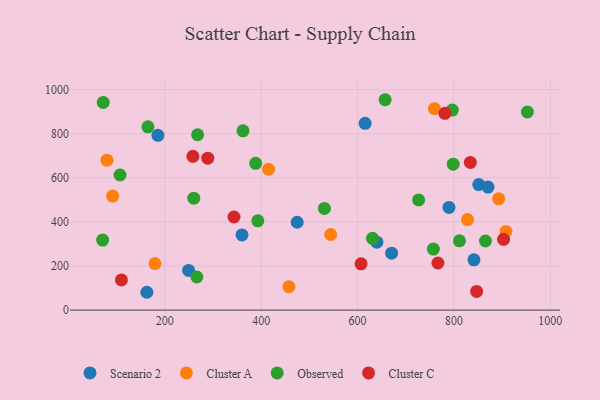
{"axis": {"x": "Engine Size", "y": "Rating"}, "legend": ["Cluster A", "Cluster C", "Observed", "Scenario 2"], "data": [{"x": "851.5", "y": 569.3, "type": "Scenario 2"}, {"x": "615.6", "y": 847.1, "type": "Scenario 2"}, {"x": "360.1", "y": 341.0, "type": "Scenario 2"}, {"x": "162.7", "y": 80.8, "type": "Scenario 2"}, {"x": "249.3", "y": 179.9, "type": "Scenario 2"}, {"x": "185.6", "y": 792.6, "type": "Scenario 2"}, {"x": "841.4", "y": 227.9, "type": "Scenario 2"}, {"x": "640.0", "y": 307.8, "type": "Scenario 2"}, {"x": "474.6", "y": 398.4, "type": "Scenario 2"}, {"x": "870.7", "y": 557.7, "type": "Scenario 2"}, {"x": "670.6", "y": 257.9, "type": "Scenario 2"}, {"x": "789.6", "y": 465.5, "type": "Scenario 2"}, {"x": "544.1", "y": 342.7, "type": "Cluster A"}, {"x": "907.9", "y": 356.8, "type": "Cluster A"}, {"x": "759.4", "y": 913.3, "type": "Cluster A"}, {"x": "892.8", "y": 504.5, "type": "Cluster A"}, {"x": "828.1", "y": 410.6, "type": "Cluster A"}, {"x": "415.3", "y": 638.7, "type": "Cluster A"}, {"x": "179.4", "y": 211.1, "type": "Cluster A"}, {"x": "457.6", "y": 106.3, "type": "Cluster A"}, {"x": "79.9", "y": 680.0, "type": "Cluster A"}, {"x": "91.7", "y": 516.9, "type": "Cluster A"}, {"x": "70.9", "y": 317.5, "type": "Observed"}, {"x": "757.3", "y": 276.8, "type": "Observed"}, {"x": "268.0", "y": 795.0, "type": "Observed"}, {"x": "630.9", "y": 325.6, "type": "Observed"}, {"x": "865.3", "y": 313.2, "type": "Observed"}, {"x": "952.3", "y": 898.3, "type": "Observed"}, {"x": "388.4", "y": 665.4, "type": "Observed"}, {"x": "798.4", "y": 661.6, "type": "Observed"}, {"x": "260.1", "y": 507.6, "type": "Observed"}, {"x": "726.6", "y": 499.6, "type": "Observed"}, {"x": "811.4", "y": 314.0, "type": "Observed"}, {"x": "266.4", "y": 150.0, "type": "Observed"}, {"x": "164.9", "y": 831.1, "type": "Observed"}, {"x": "107.0", "y": 612.6, "type": "Observed"}, {"x": "362.1", "y": 813.0, "type": "Observed"}, {"x": "796.6", "y": 907.1, "type": "Observed"}, {"x": "657.1", "y": 953.9, "type": "Observed"}, {"x": "531.1", "y": 461.1, "type": "Observed"}, {"x": "72.1", "y": 941.7, "type": "Observed"}, {"x": "392.9", "y": 404.9, "type": "Observed"}, {"x": "343.5", "y": 422.2, "type": "Cluster C"}, {"x": "781.1", "y": 892.4, "type": "Cluster C"}, {"x": "833.9", "y": 669.6, "type": "Cluster C"}, {"x": "109.9", "y": 136.6, "type": "Cluster C"}, {"x": "902.9", "y": 320.9, "type": "Cluster C"}, {"x": "607.2", "y": 209.8, "type": "Cluster C"}, {"x": "258.2", "y": 697.4, "type": "Cluster C"}, {"x": "847.0", "y": 84.7, "type": "Cluster C"}, {"x": "289.1", "y": 688.8, "type": "Cluster C"}, {"x": "766.7", "y": 213.5, "type": "Cluster C"}]}